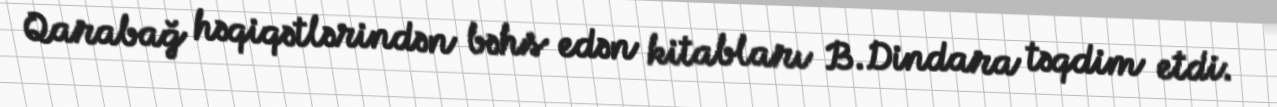
Qarabağ həqiqətlərindən bəhs edən kitabları B.Dindara təqdim etdi.